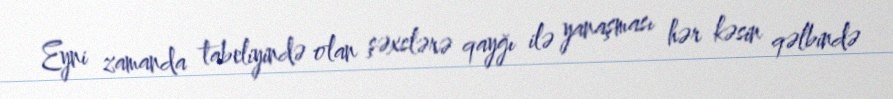
Eyni zamanda tabeliyində olan şəxslərə qayğı ilə yanaşması hər kəsin qəlbində